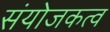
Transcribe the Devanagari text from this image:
संयोजकत्व